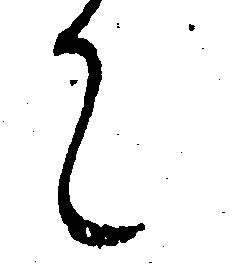
て